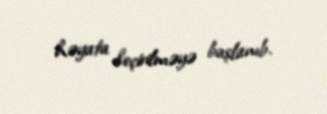
həyata keçirilməyə başlanıb.